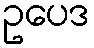
ဥပေဒ